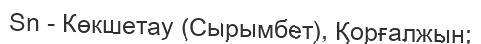
Sn - Көкшетау (Сырымбет), Қорғалжын;